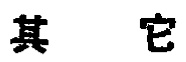
其它